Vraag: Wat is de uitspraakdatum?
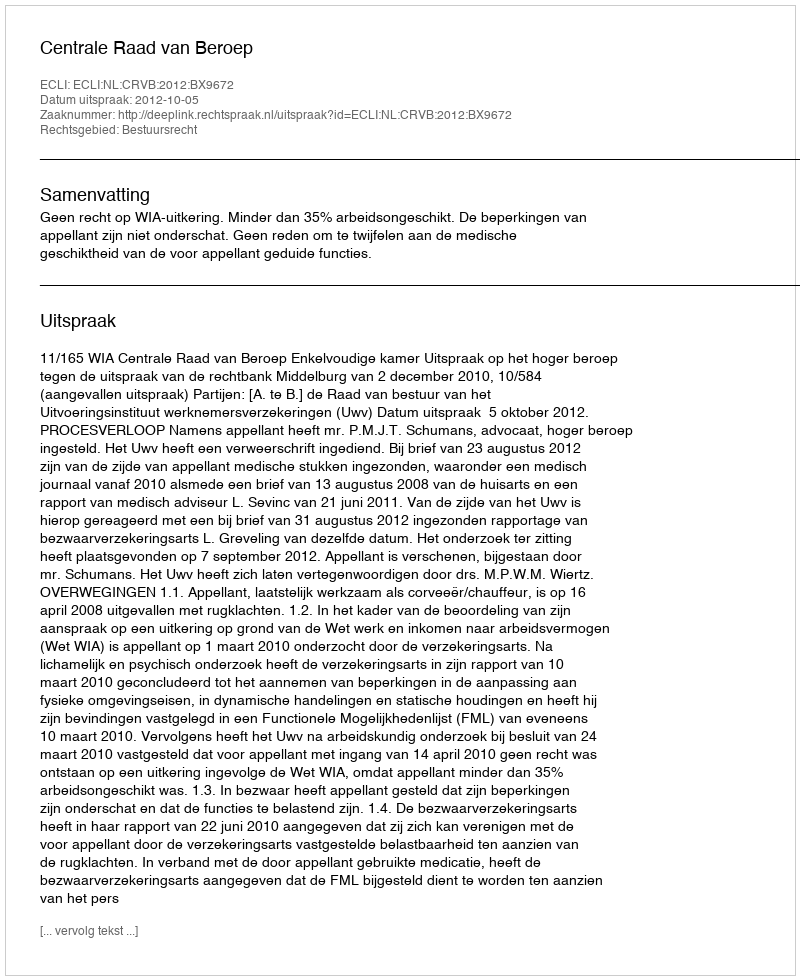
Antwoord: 2012-10-05